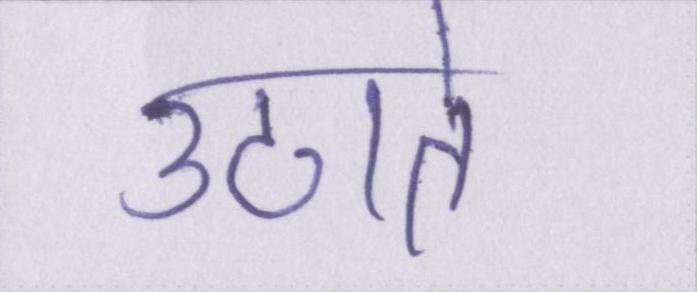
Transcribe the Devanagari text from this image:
उठाते